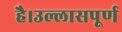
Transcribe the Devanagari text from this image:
है।उल्लासपूर्ण